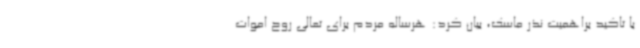
با تاکید براهمیت نذر ماسک، بیان کرد: هرساله مردم برای تعالی روح اموات